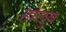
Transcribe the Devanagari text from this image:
होलुब